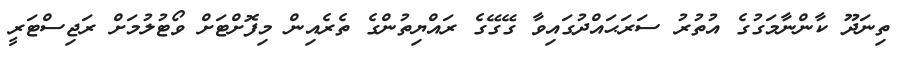
ތިނަދޫ ކާންނާމަގުގެ އުތުރު ސަރަޙައްދުގައިވާ ގޭގޭގެ ރައްޔިތުންގެ ތެރެއިން މިފޮށްޓަށް ވޯޓުލުމަށް ރަޖިސްޓަރީ